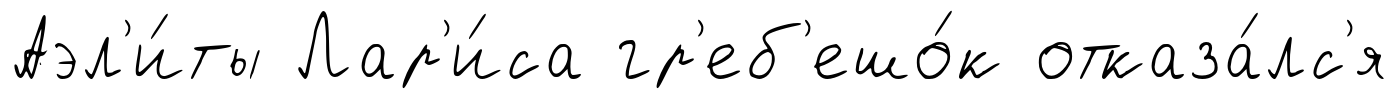
Аэл'и́ты Лар'и́са гр'еб'ешо́к отказа́лс'я